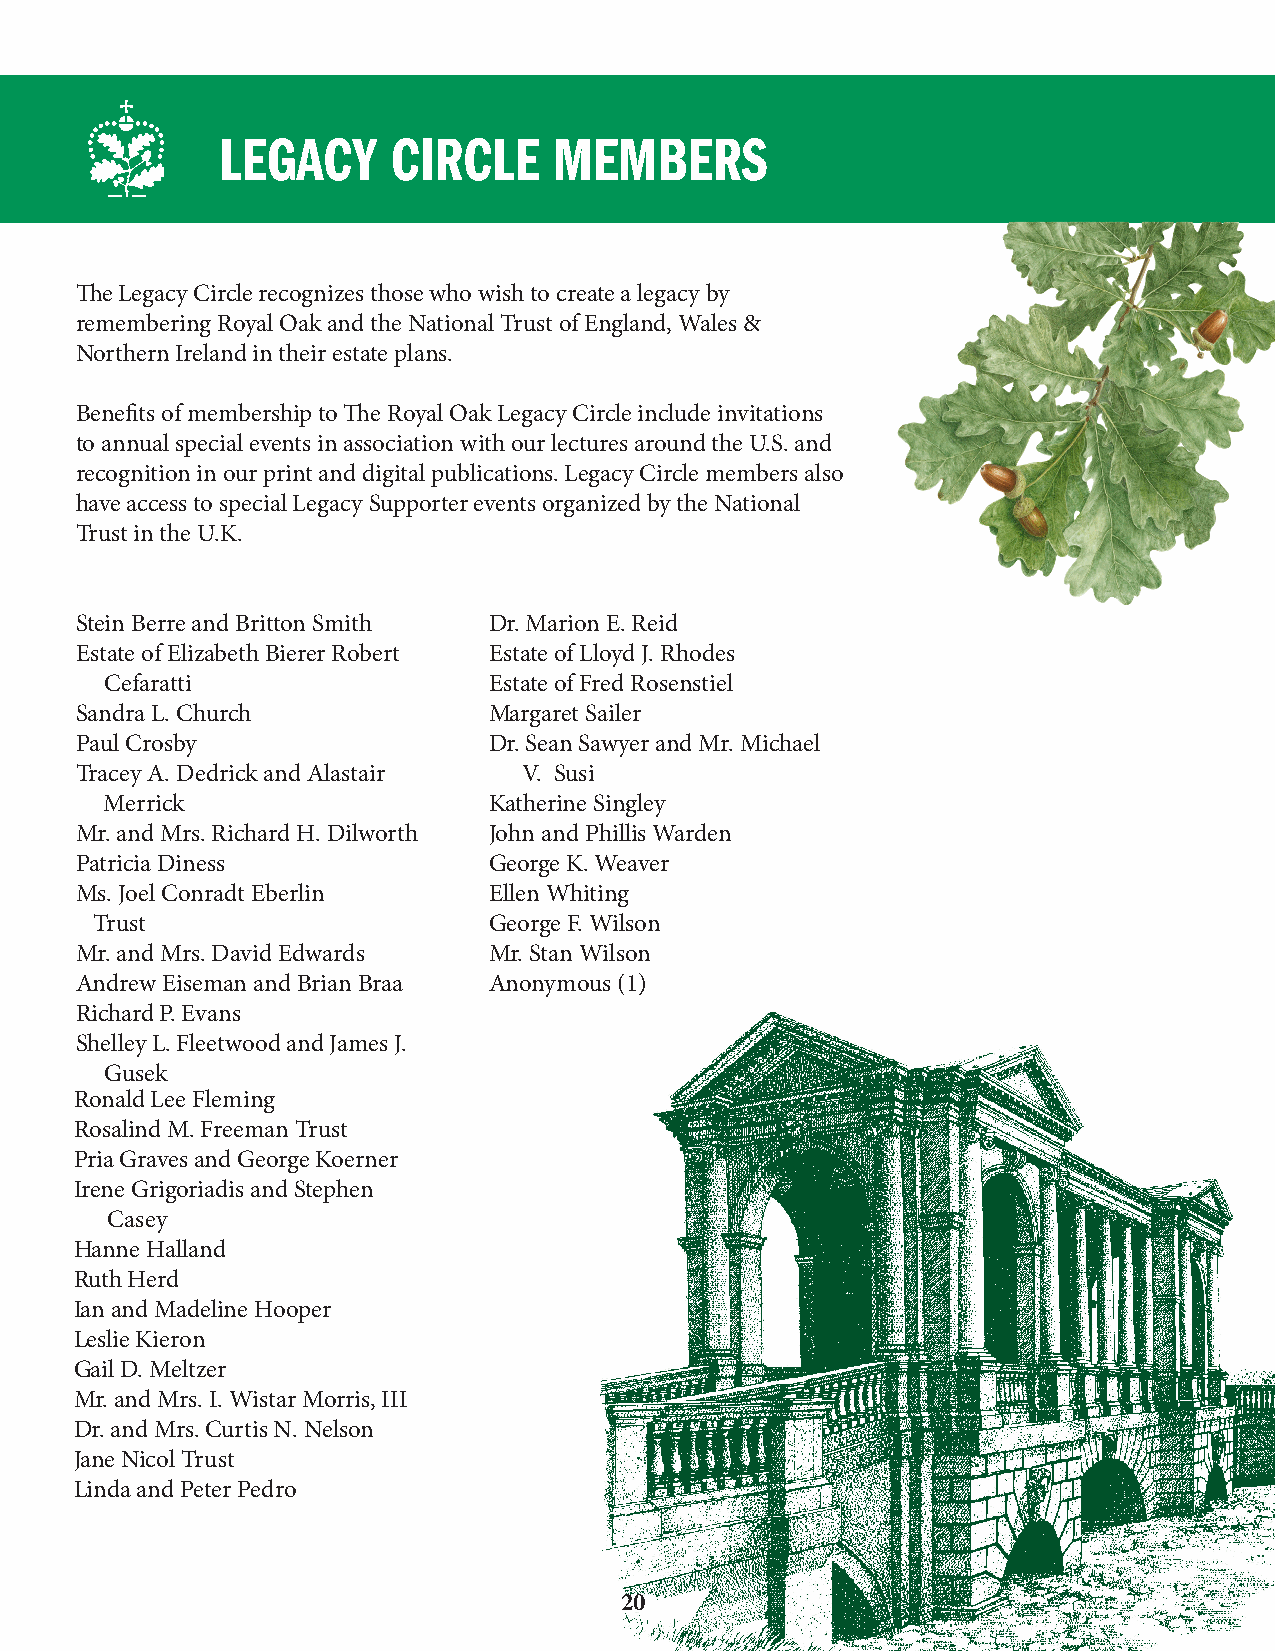
LEGACY      CIRCLE     MEMBERS
 The Legacy Circle recognizes those who wish to create a legacy by
 remembering Royal Oak and the National Trust of England, Wales &
 Northern Ireland in their estate plans.
 Benefits of membership to The Royal Oak Legacy Circle include invitations
 to annual special events in association with our lectures around the U.S. and
 recognition in our print and digital publications. Legacy Circle members also
 have access to special Legacy Supporter events organized by the National
 Trust in the U.K.
 Stein Berre and Britton Smith Dr. Marion E. Reid
 Estate of Elizabeth Bierer Robert Estate of Lloyd J. Rhodes
 Cefaratti                Estate of Fred Rosenstiel
 Sandra L. Church           Margaret Sailer
 Paul Crosby                Dr. Sean Sawyer and Mr. Michael
 Tracey A. Dedrick and Alastair V. Susi
 Merrick                  Katherine Singley
 Mr. and Mrs. Richard H. Dilworth John and Phillis Warden
 Patricia Diness            George K. Weaver
 Ms. Joel Conradt Eberlin   Ellen Whiting
 Trust                     George F. Wilson
 Mr. and Mrs. David Edwards Mr. Stan Wilson
 Andrew Eiseman and Brian Braa Anonymous (1)
 Richard P. Evans
 Shelley L. Fleetwood and James J.
 Gusek
 Ronald Lee Fleming
 Rosalind M. Freeman Trust
 Pria Graves and George Koerner
 Irene Grigoriadis and Stephen
 Casey
 Hanne Halland
 Ruth Herd
 Ian and Madeline Hooper
 Leslie Kieron
 Gail D. Meltzer
 Mr. and Mrs. I. Wistar Morris, III
 Dr. and Mrs. Curtis N. Nelson
 Jane Nicol Trust
 Linda and Peter Pedro
 20